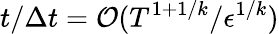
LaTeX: t/\Delta t=\mathcal{O}(T^{1+1/k}/\epsilon^{1/k})